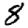
Digit: 8